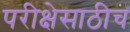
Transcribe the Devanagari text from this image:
परीक्षेसाठीच